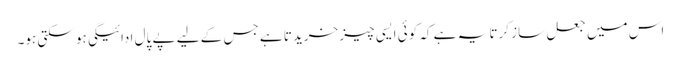
اس میں جعل ساز کرتا یہ ہے کہ کوئی ایسی چیز خریدتا ہے جس کے لیے پے پال ادائیگی ہو سکتی ہو۔